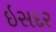
ઇસદર